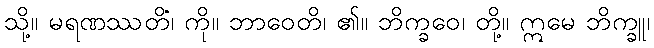
သို့။ မရဏဿတိံ၊ ကို။ ဘာဝေတိ၊ ၏။ ဘိက္ခဝေ၊ တို့။ ဣမေ ဘိက္ခူ၊